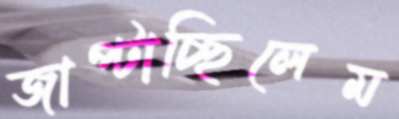
জাপ্‌টাচ্ছিলেম